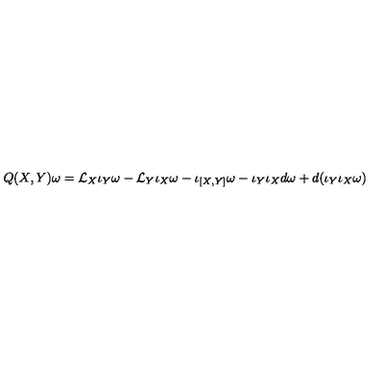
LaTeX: Q ( X , Y ) \omega = { \cal L } _ { X } \iota _ { Y } \omega - { \cal L } _ { Y } \iota _ { X } \omega - \iota _ { [ X , Y ] } \omega - \iota _ { Y } \iota _ { X } d \omega + d ( \iota _ { Y } \iota _ { X } \omega )